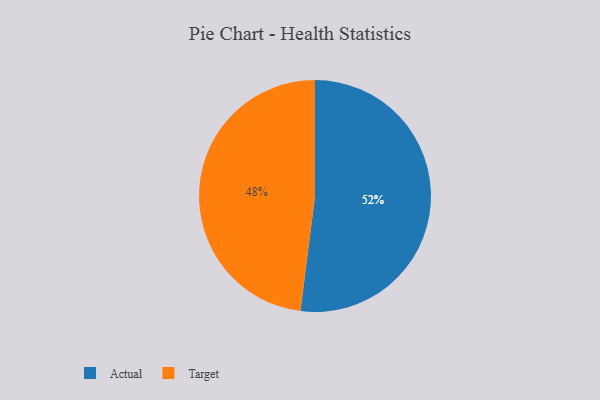
{"axis": {"x": "Category", "y": "Percentage"}, "legend": ["Actual", "Target"], "data": [{"x": "Actual", "y": 52, "type": "Actual"}, {"x": "Target", "y": 48, "type": "Target"}]}